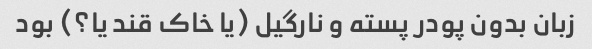
زبان بدون پودر پسته و نارگیل (یا خاک قند یا؟) بود